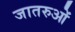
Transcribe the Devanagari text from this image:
जातरुओं